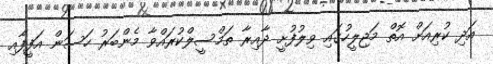
އަދި ކުރިއަށް އޮތް މަޖިލީހުގައި ވިލުފުށީ ދާއިރާ ތަމްސީލްކުރައްވާ މެންބަރު ހަސަން އަފީފާއި